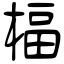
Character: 楅